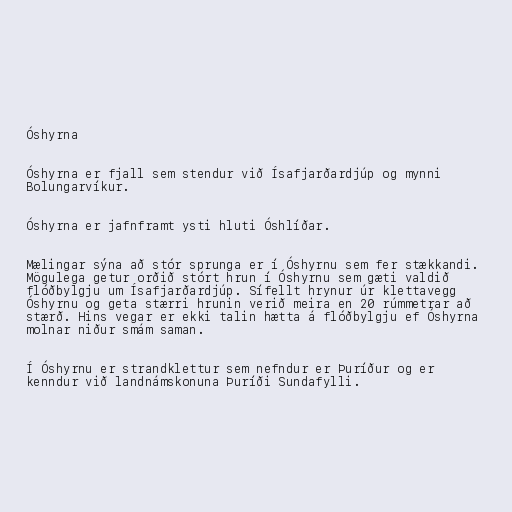
Óshyrna

Óshyrna er fjall sem stendur við Ísafjarðardjúp og mynni
Bolungarvíkur.

Óshyrna er jafnframt ysti hluti Óshlíðar.

Mælingar sýna að stór sprunga er í Óshyrnu sem fer stækkandi.
Mögulega getur orðið stórt hrun í Óshyrnu sem gæti valdið
flóðbylgju um Ísafjarðardjúp. Sífellt hrynur úr klettavegg
Óshyrnu og geta stærri hrunin verið meira en 20 rúmmetrar að
stærð. Hins vegar er ekki talin hætta á flóðbylgju ef Óshyrna
molnar niður smám saman.

Í Óshyrnu er strandklettur sem nefndur er Þuríður og er
kenndur við landnámskonuna Þuríði Sundafylli.